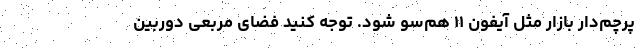
پرچم‌دار بازار مثل آیفون ۱۱ هم‌سو شود. توجه کنید فضای مربعی دوربین